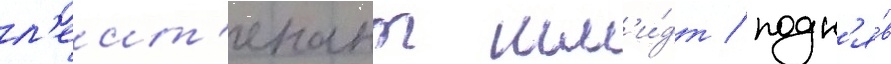
л'еит'енант шм'и́дт / подн'я́в